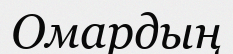
Омардың